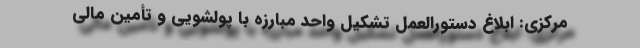
مرکزی: ابلاغ دستورالعمل تشکیل واحد مبارزه با پولشویی و تأمین مالی